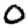
Digit: 0